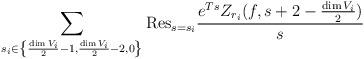
LaTeX: \begin{align*}\sum_{s_i \in \left\{\frac{\dim V_i}{2}-1, \frac{\dim V_i}{2}-2,0\right\}} \mathrm{Res}_{s=s_i}\frac{ e^{Ts}Z_{r_i}(f,s+2-\tfrac{\dim V_i}{2})}{s}\end{align*}